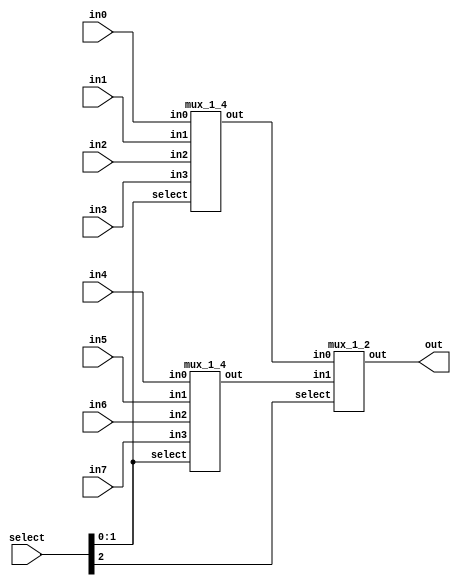
module mux_1_8(select, in0, in1, in2, in3, in4, in5, in6, in7, out);
	input [2:0] select;
	input in0, in1, in2, in3, in4, in5, in6, in7;
	output out;
	wire w1, w2;
	mux_1_4 first_top(.select(select[1:0]), .in0(in0), .in1(in1), .in2(in2), .in3(in3), .out(w1));
	mux_1_4 first_bottom(.select(select[1:0]), .in0(in4), .in1(in5), .in2(in6), .in3(in7), .out(w2));
	mux_1_2 second(.select(select[2]), .in0(w1), .in1(w2), .out(out));
endmodule


module mux_1_4(select, in0, in1, in2, in3, out);
	input [1:0] select;
	input in0, in1, in2, in3;
	output out;
	wire w1, w2;
	mux_1_2 first_top(.select(select[0]), .in0(in0), .in1(in1), .out(w1));
	mux_1_2 first_bottom(.select(select[0]), .in0(in2), .in1(in3), .out(w2));
	mux_1_2 second(.select(select[1]), .in0(w1), .in1(w2), .out(out));
endmodule


module mux_1_2(select, in0, in1, out);
	input select;
	input in0, in1;
	output out;
	assign out = select ? in1 : in0;
endmodule